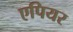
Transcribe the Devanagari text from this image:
एपियर